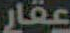
عقار